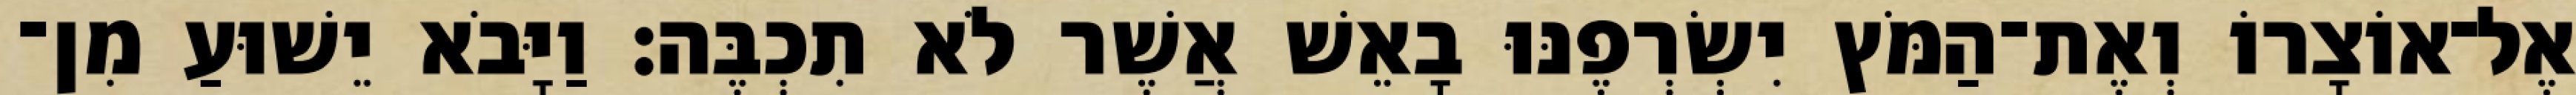
אֶל־אוֹצָרוֹ וְאֶת־הַמֹּץ יִשְׂרְפֶנּוּ בָאֵשׁ אֲשֶׁר לֹא תִכְבֶּה׃ וַיָּבֹא יֵשׁוּעַ מִן־